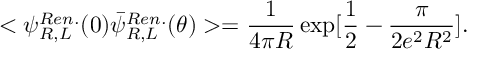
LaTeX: < \psi _ { R , L } ^ { R e n . } ( 0 ) \bar { \psi } _ { R , L } ^ { R e n . } ( \theta ) > = { \frac { 1 } { 4 \pi R } } \exp [ { \frac { 1 } { 2 } } - { \frac { \pi } { 2 e ^ { 2 } R ^ { 2 } } } ] .